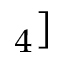
_ 4 ]